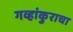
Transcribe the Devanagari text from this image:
गव्हांकुराचा